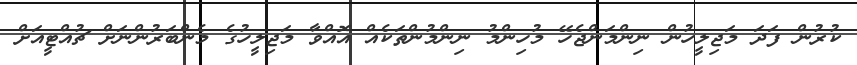
ކުރުން ފަދަ މަޖިލީހުން ނިންމަންޖެހޭ މުހިންމު ނިންމުންތަކެއް އޮއްވާ މަޖިލީހުގެ މެންބަރުންނަށް ޗުއްޓީއަށް